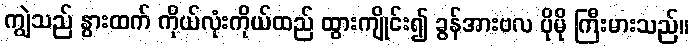
ကျွဲသည် နွားထက် ကိုယ်လုံးကိုယ်ထည် ထွားကျိုင်း၍ ခွန်အားဗလ ပိုမို ကြီးမားသည်။